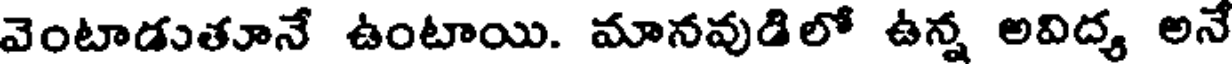
వెంటాడుతూనే ఉంటాయి. మానవుడిలో ఉన్న అవిద్య అనే